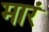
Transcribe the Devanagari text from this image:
मारं